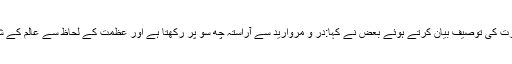
[59] جبرئیل کی حقیقی صورت کی توصیف بیان کرتے ہوئے بعض نے کہا:در و مروارید سے آراستہ چھ سو پر رکھتا ہے اور عظمت کے لحاظ سے عالم کے شرق و غرب کو پُر کرتا ہے۔